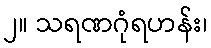
၂။ သရဏဂုံရဟန်း၊